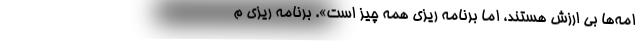
امه‌ها بی ارزش هستند، اما برنامه ریزی همه چیز است». برنامه ریزی م